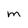
Character: m